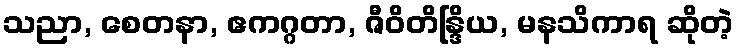
သညာ, စေတနာ, ဧကဂ္ဂတာ, ဇီဝိတိန္ဒြိယ, မနသိကာရ ဆိုတဲ့